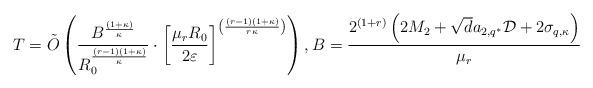
LaTeX: \begin{align*} T = \tilde{O}\left( \frac{B^{\frac{(1+\kappa)}{\kappa}}}{R_0^{\frac{(r-1)(1+\kappa)}{\kappa}}} \cdot \left[\frac{\mu_r R_0}{2\varepsilon} \right]^{\left(\frac{(r-1)(1+\kappa)}{r\kappa}\right)}\right), B = \frac{2^{(1+r)}\left(2M_2 + \sqrt{d} a_{2,q^*}\mathcal{D} + 2\sigma_{q,\kappa}\right)}{\mu_r} \end{align*}